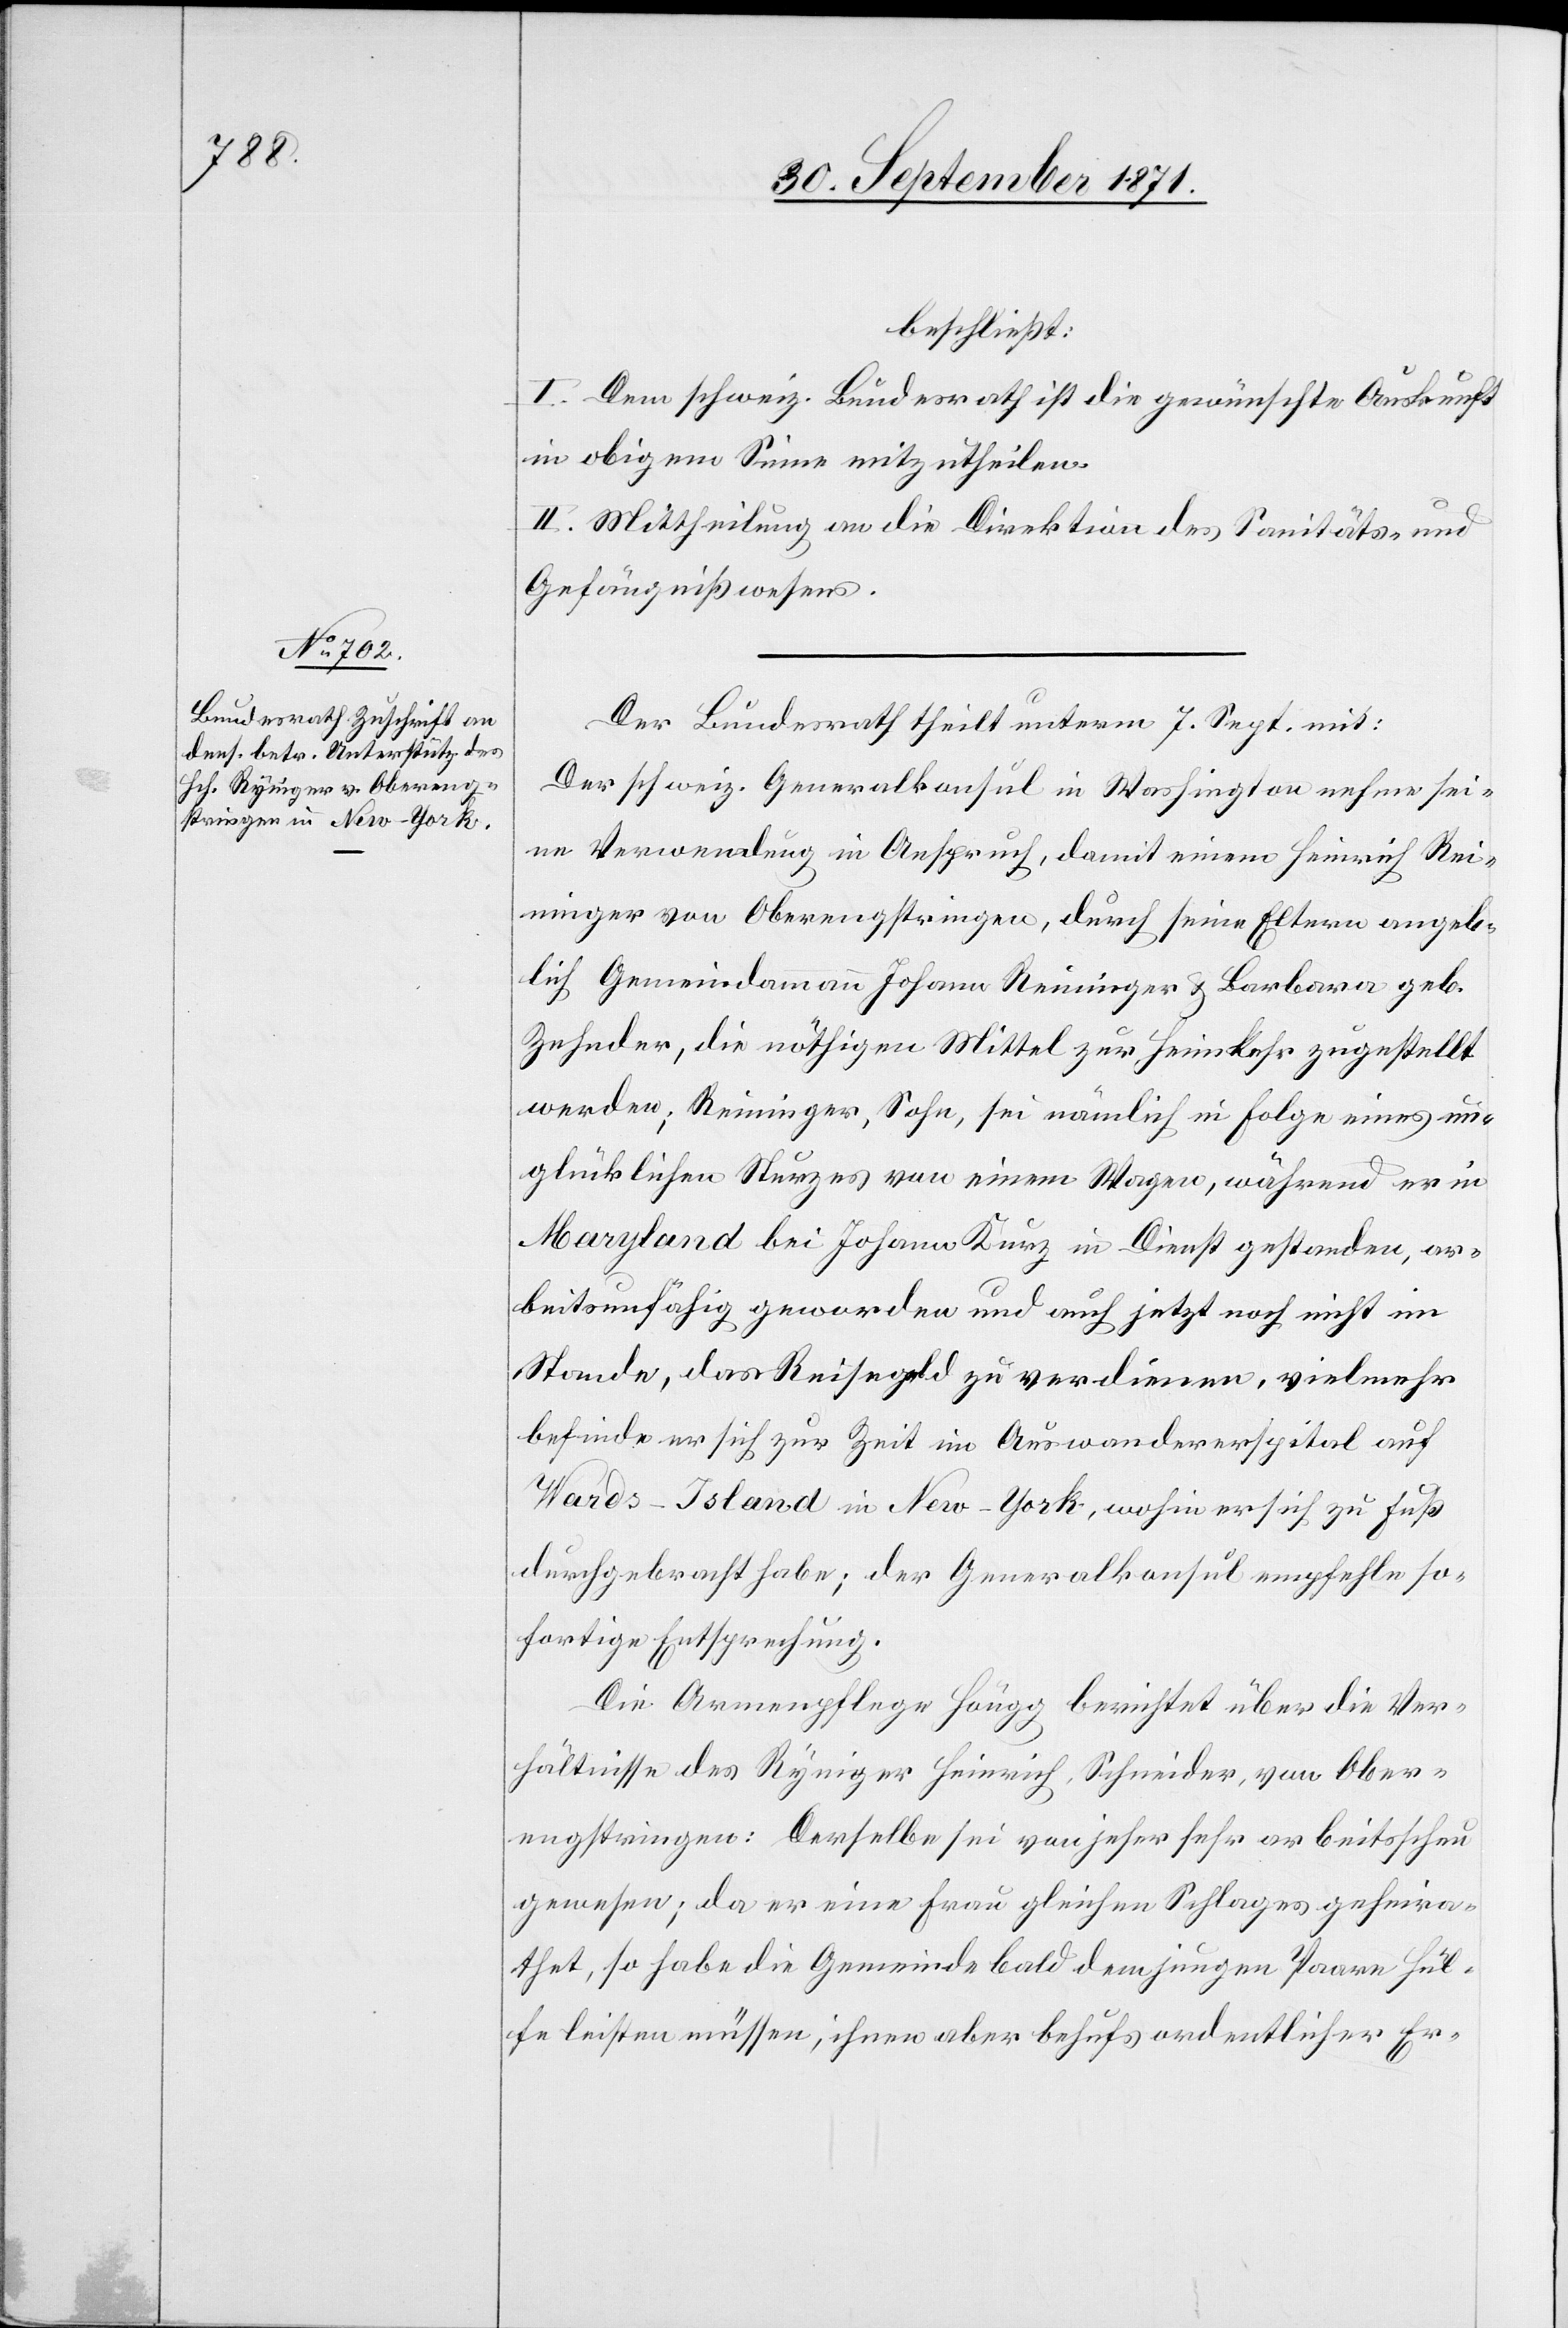
beschließt:
I. Dem schweiz. Bundesrath ist die gewünschte Auskunft
im obigen Sinne mitzutheilen.
II. Mittheilung an die Direktion des Sanitäts- &
Gefängnißwesens.
Der Bundesrath theilt unterm 7. Sept. mit:
Der schweiz. Generalkonsul in Washington nehme sei¬
ne Verwendung in Anspruch, damit einem Heinrich Rei¬
ninger [sic!] von Oberengstringen, durch seine Eltern angeb¬
lich Gemeindammann Johann Reininger & Barbara geb.
Zehnder, die nöthigen Mittel zur Heimkehr zugestellt
werden; Reininger; Sohn, sei nämlich in Folge eines un¬
glücklichen Sturzes von einem Wagen, während er in
Maryland bei Johann Kunz in Dienst gestanden, ar¬
beitsunfähig geworden und auch jetzt noch nicht im
Stande, das Reisegeld zu verdienen, vielmehr
befinde er sich zur Zeit im Auswandererspital auf
Wards-Island in New-York, wohin er sich zu Fuß
durchgebracht habe; der Generalkonsul empfehle so¬
fortige Entsprechung.
Die Armenpflege Höngg berichtet über die Ver¬
hältnisse des Ryniger Heinrich, Schneider, von Ober¬
engstringen: Derselbe sei von jeher sehr arbeitsscheu
gewesen, da er eine Frau gleichen Schlages geheira¬
tet, so habe die Gemeinde bald dem jungen Paare Hil¬
fe leisten müssen, ihnen aber behufs ordentlicher Er-